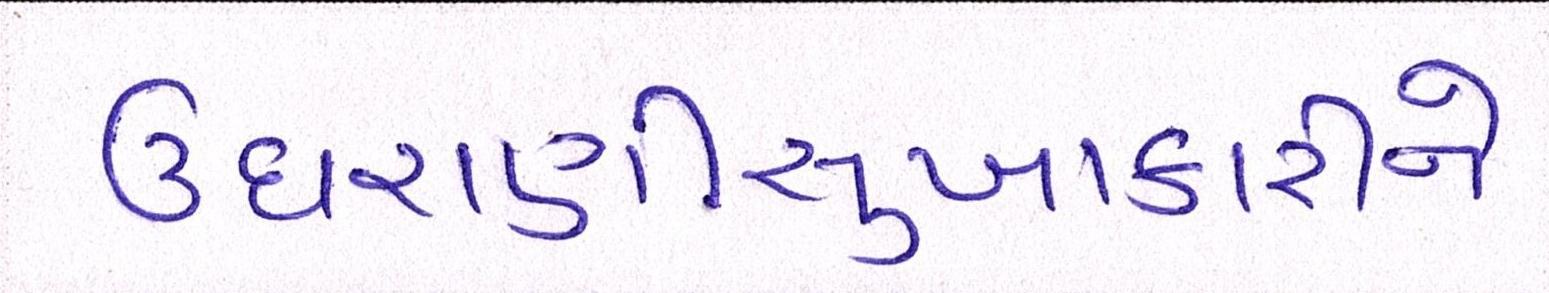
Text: ઉઘરાણીસુખાકારીને